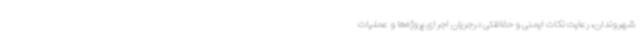
شهروندان، رعایت نکات ایمنی و حفاظتی درجریان اجرای پروژه‌ها و عملیات